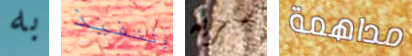
به وتنفيذ سريه مداهمة